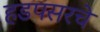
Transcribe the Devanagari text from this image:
हडपसरचे